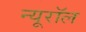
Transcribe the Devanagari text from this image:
न्यूरॉल